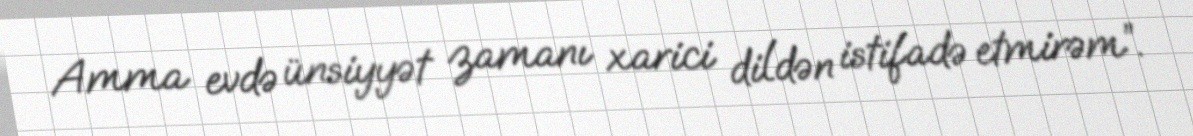
Amma evdə ünsiyyət zamanı xarici dildən istifadə etmirəm”.